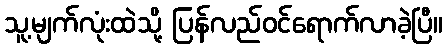
သူ့မျက်လုံးထဲသို့ ပြန်လည်ဝင်ရောက်လာခဲ့ပြီ။